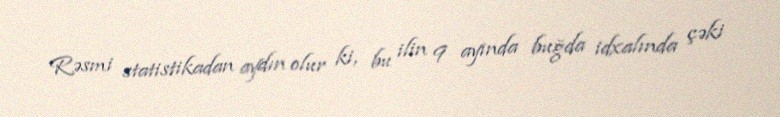
Rəsmi statistikadan aydın olur ki, bu ilin 9 ayında buğda idxalında çəki